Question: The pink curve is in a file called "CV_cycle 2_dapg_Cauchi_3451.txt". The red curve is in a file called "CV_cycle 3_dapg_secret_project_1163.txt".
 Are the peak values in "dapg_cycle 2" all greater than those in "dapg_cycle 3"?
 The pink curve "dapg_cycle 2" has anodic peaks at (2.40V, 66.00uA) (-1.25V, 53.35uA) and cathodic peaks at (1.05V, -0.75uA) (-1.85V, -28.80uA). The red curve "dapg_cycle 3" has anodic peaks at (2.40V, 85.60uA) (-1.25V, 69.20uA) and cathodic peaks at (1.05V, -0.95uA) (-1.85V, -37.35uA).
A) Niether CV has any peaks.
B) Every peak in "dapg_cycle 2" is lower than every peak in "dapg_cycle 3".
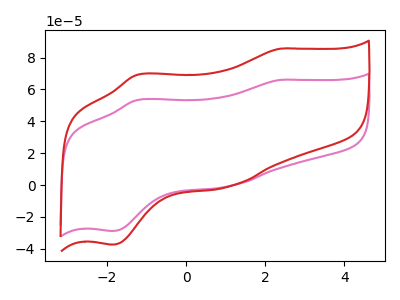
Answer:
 <answer>B) Every peak in "dapg_cycle 2" is lower than every peak in "dapg_cycle 3".</answer>
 <eval>B</eval>